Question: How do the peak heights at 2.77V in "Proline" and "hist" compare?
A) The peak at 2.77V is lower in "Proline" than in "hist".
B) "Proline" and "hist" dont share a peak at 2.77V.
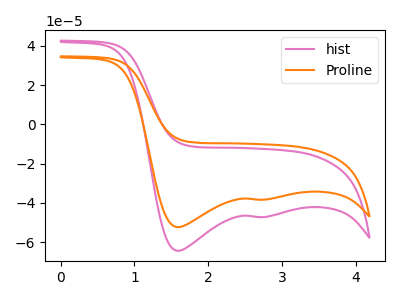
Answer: <think>The pink curve "hist" has cathodic peaks at (1.60V, -64.40uA) (2.75V, -47.20uA). The orange curve "Proline" has cathodic peaks at (1.60V, -52.35uA) (2.75V, -38.35uA).</think>
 <answer>A) The peak at 2.77V is lower in "Proline" than in "hist".</answer>
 <eval>A</eval>